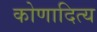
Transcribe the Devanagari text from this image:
कोणादित्य